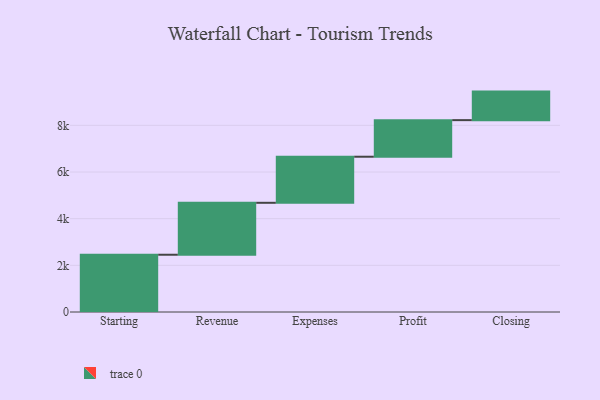
{"axis": {"x": "Step", "y": "Value"}, "legend": [""], "data": [{"x": "Starting", "y": 2454.0, "type": ""}, {"x": "Revenue", "y": 2226.0, "type": ""}, {"x": "Expenses", "y": 1975.0, "type": ""}, {"x": "Profit", "y": 1568.0, "type": ""}, {"x": "Closing", "y": 1223.0, "type": ""}]}